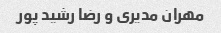
مهران مدیری و رضا رشید پور